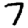
Digit: 7